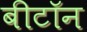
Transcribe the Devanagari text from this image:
बीटॉन